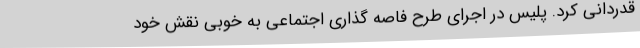
قدردانی کرد. پلیس در اجرای طرح فاصه گذاری اجتماعی به خوبی نقش خود